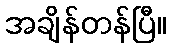
အချိန်တန်ပြီ။